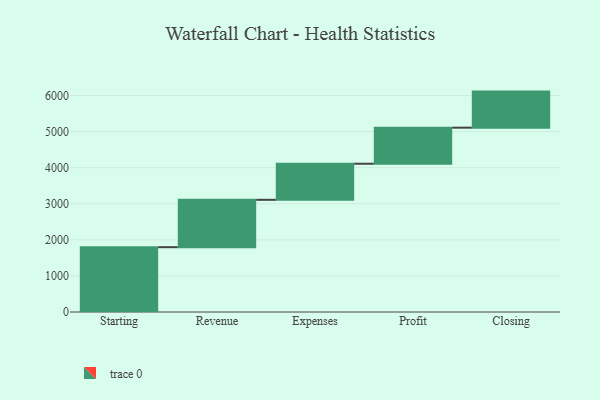
{"axis": {"x": "Step", "y": "Value"}, "legend": [""], "data": [{"x": "Starting", "y": 1797.0, "type": ""}, {"x": "Revenue", "y": 1313.0, "type": ""}, {"x": "Expenses", "y": 1000, "type": ""}, {"x": "Profit", "y": 1000, "type": ""}, {"x": "Closing", "y": 1000, "type": ""}]}